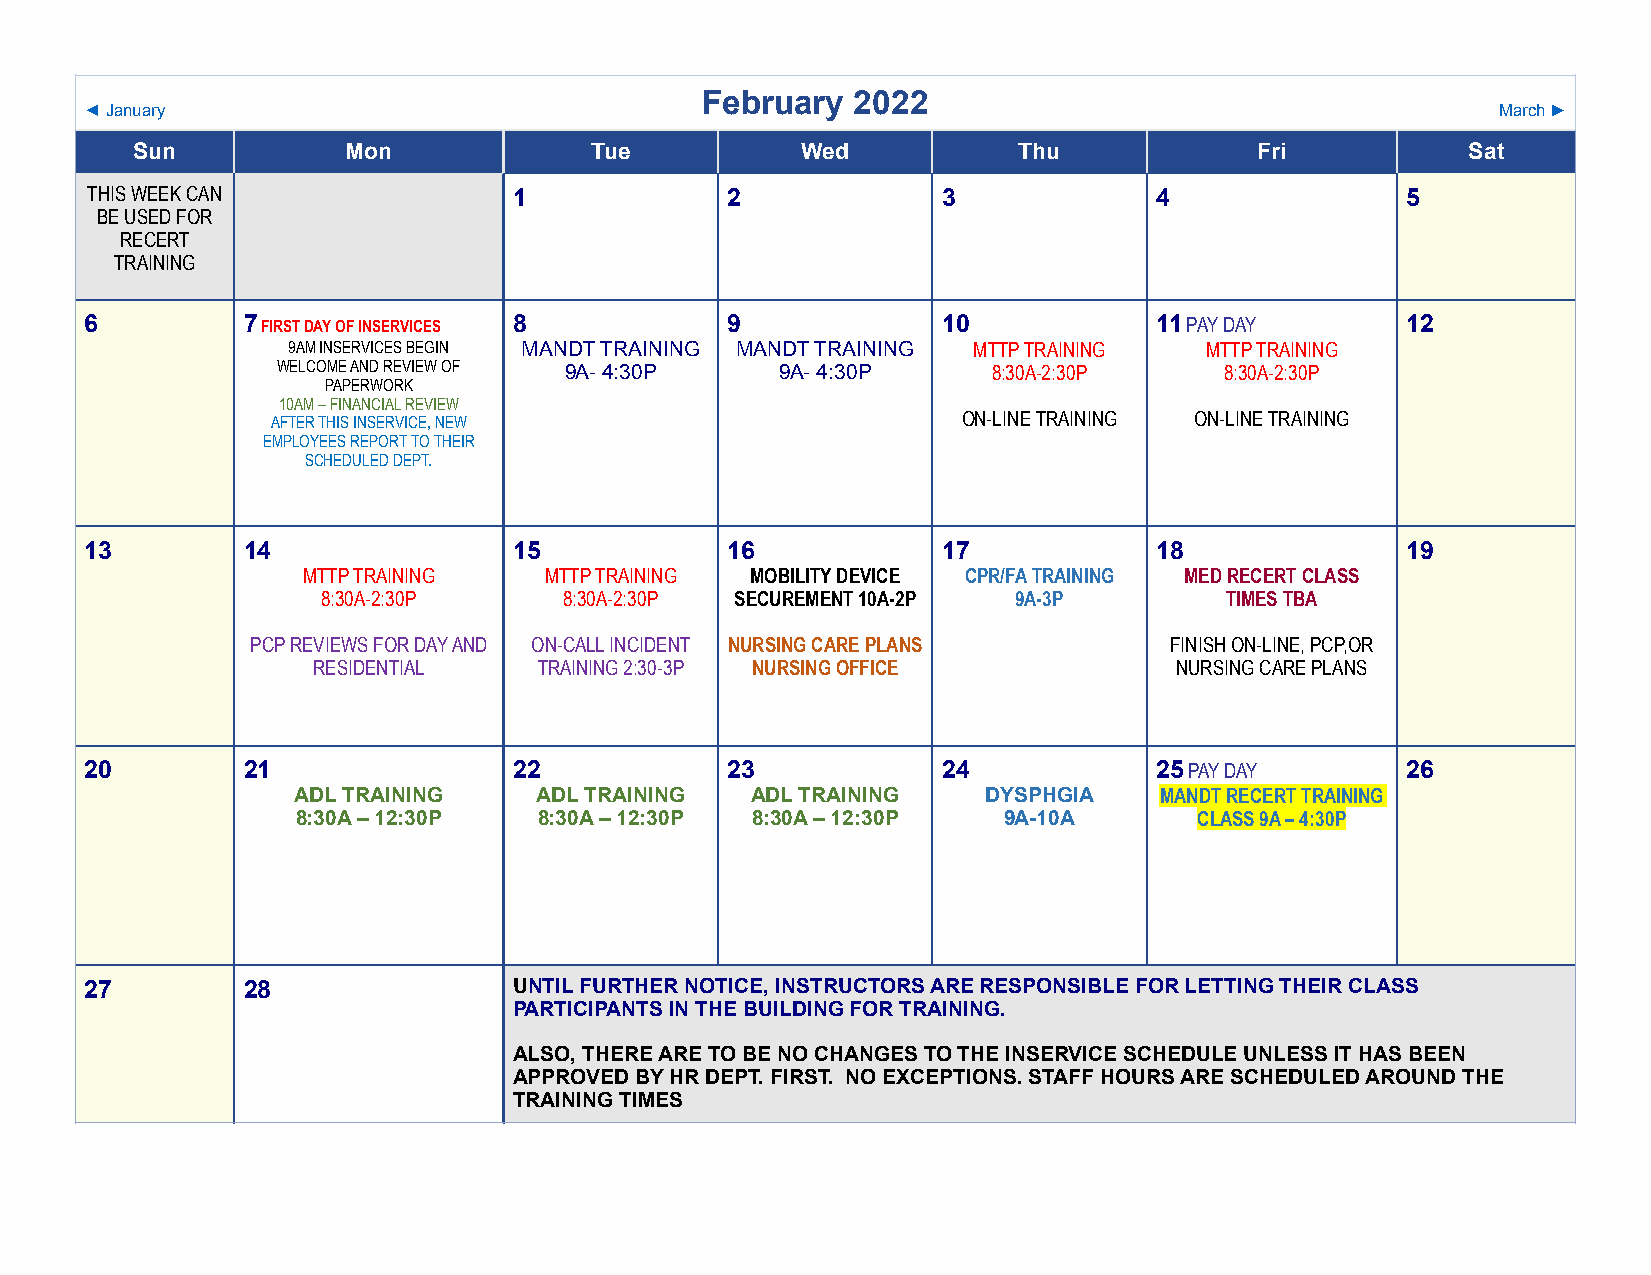
February   2022
 ◄ January                                                                                    March ►
 Sun           Mon             Tue           Wed           Thu             Fri           Sat
 THIS WEEK CAN               1             2             3             4                5
 BE USED FOR
 RECERT
 TRAINING
 6         7 FIRST DAY OF INSERVICES 8     9             10            11 PAY DAY       12
 9AM INSERVICES BEGIN MANDT TRAINING MANDT TRAINING MTTP TRAINING MTTP TRAINING
 WELCOME AND REVIEW OF 9A- 4:30P   9A- 4:30P     8:30A-2:30P    8:30A-2:30P
 PAPERWORK
 10AM – FINANCIAL REVIEW
 AFTER THIS INSERVICE, NEW                     ON-LINE TRAINING ON-LINE TRAINING
 EMPLOYEES REPORT TO THEIR
 SCHEDULED DEPT.
 13        14                15            16            17            18               19
 MTTP TRAINING   MTTP TRAINING MOBILITY DEVICE CPR/FA TRAINING MED RECERT CLASS
 8:30A-2:30P     8:30A-2:30P SECUREMENT 10A-2P 9A-3P         TIMES TBA
 PCP REVIEWS FOR DAY AND ON-CALL INCIDENT NURSING CARE PLANS FINISH ON-LINE, PCP,OR
 RESIDENTIAL    TRAINING 2:30-3P NURSING OFFICE           NURSING CARE PLANS
 20        21                22            23            24            25 PAY DAY       26
 ADL TRAINING    ADL TRAINING   ADL TRAINING   DYSPHGIA    MANDT RECERT TRAINING
 8:30A – 12:30P  8:30A – 12:30P 8:30A – 12:30P 9A-10A       CLASS 9A – 4:30P
 27        28                UNTIL FURTHER NOTICE, INSTRUCTORS ARE RESPONSIBLE FOR LETTING THEIR CLASS
 PARTICIPANTS IN THE BUILDING FOR TRAINING.
 ALSO, THERE ARE TO BE NO CHANGES TO THE INSERVICE SCHEDULE UNLESS IT HAS BEEN
 APPROVED BY HR DEPT. FIRST. NO EXCEPTIONS. STAFF HOURS ARE SCHEDULED AROUND THE
 TRAINING TIMES